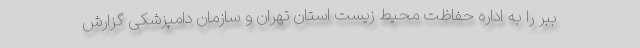
ببر را به اداره حفاظت محیط زیست استان تهران و سازمان دامپزشکی گزارش